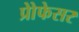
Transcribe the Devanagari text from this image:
प्रोेफेसर